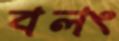
বলং